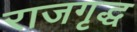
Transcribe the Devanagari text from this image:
राजगृद्ध